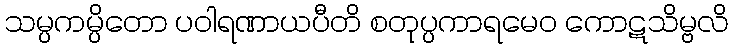
သမ္ပကမ္ပိတော ပဝါရဏာယပီတိ စတုပ္ပကာရမေဝ ကောဋသိမ္ဗလိ